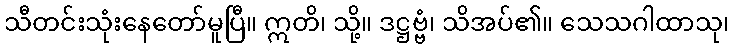
သီတင်းသုံးနေတော်မူပြီ။ ဣတိ၊ သို့။ ဒဋ္ဌဗ္ဗံ၊ သိအပ်၏။ သေသဂါထာသု၊